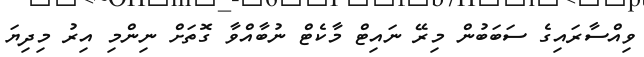
ވިއްސާރައިގެ ސަބަބުން މިރޭ ނައިޓް މާކެޓް ނުބާއްވާ ގޮތަށް ނިންމި އިރު މިދިޔަ